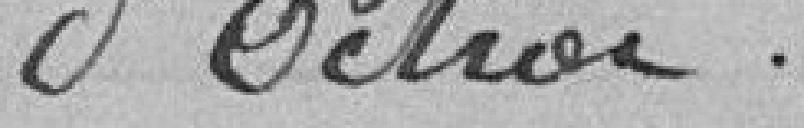
d'octroi.